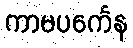
ကာမပင်္ကေန